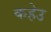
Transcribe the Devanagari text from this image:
कहेउ